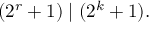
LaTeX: ( 2 ^ { r } + 1 ) \mid ( 2 ^ { k } + 1 ) .